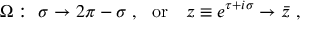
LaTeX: \Omega : \ \sigma \to 2 \pi - \sigma \ , \ \ \mathrm { o r } \ \ \ z \equiv e ^ { \tau + i \sigma } \to \bar { z } \ ,